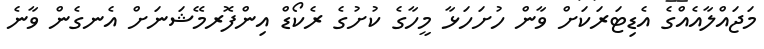
މަޖައްލާއެއްގެ އެޑިޓަރަކަށް ވާން ހުށަހަޅާ މީހާގެ ކުށުގެ ރެކޯޑް އިންފޮރމޭޝަނަށް އެނގެން ވާނެ